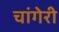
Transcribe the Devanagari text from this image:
चांगेरी